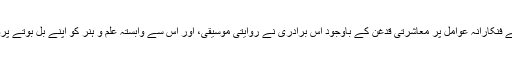
گانے بجانے جیسے فنکارانہ عوامل پر معاشرتی قدغن کے باوجود اس برادری نے روایتی موسیقی، اور اس سے وابستہ علم و ہنر کو اپنے بل بوتے پرصدیوں زندہ رکھا۔